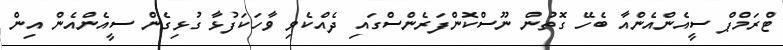
ޓްރަމްޕް ސީއެންއެންއާ ބެހޭ ގޮތުން ނޫސްކޮންފަރެންސްގައި ދެއްކެވި ވާހަކަފުޅާ ގުޅިގެން ސީއެންއެން އިން